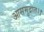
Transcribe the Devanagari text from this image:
आसमुद्रात।।